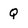
Character: Q